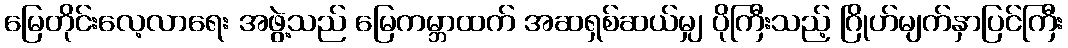
မြေတိုင်းလေ့လာရေး အဖွဲ့သည် မြေကမ္ဘာထက် အဆရှစ်ဆယ်မျှ ပိုကြီးသည့် ဂြိုဟ်မျက်နှာပြင်ကြီး